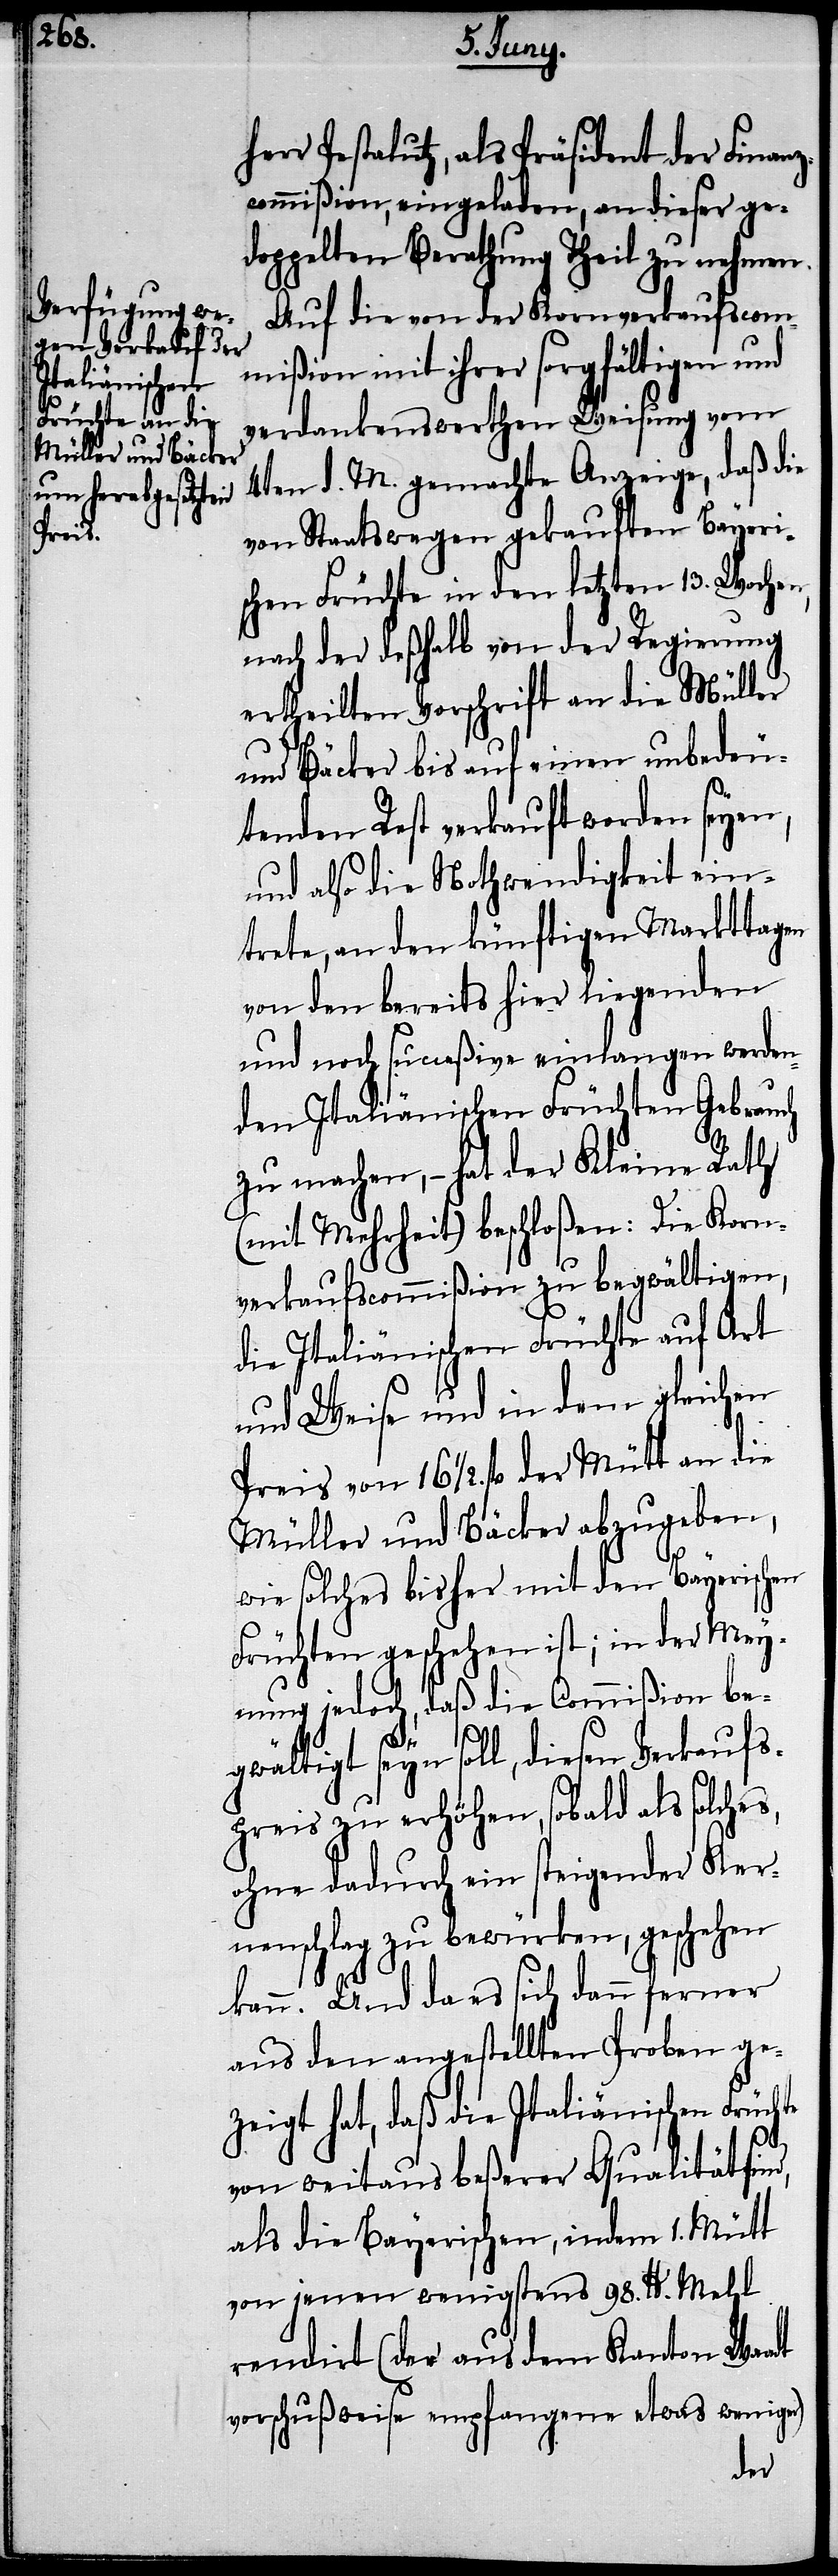
an die

herr Pestalutz, als Präsident der Finanz¬
commißion, eingeladen, an dieser ge¬
doppelten Berathung theil zu nehmen.
Auf die von der Kornverkaufscom¬
mißion mit ihrer sorgfältigen und
verdankungswerthen Weisung vom
4ten d. M. gemachte Anzeige, daß die
von Staats wegen gekauften Bayeri¬
schen Früchte in den letzten 13. Wochen,
nach der deßhalb von der Regierung
ertheilten Vorschrift an die Müller
und Bäcker bis auf einen unbedeu¬
tenden Rest verkauft worden seyen,
und also die Nothwendigkeit ein¬
trete, an den künftigen Markttagen
von den bereits hier liegenden
und noch succeßive einlangen werden¬
den Italiänischen Früchten Gebrauch
zu machen, – hat der Kleine Rath
(mit Mehrheit) beschloßen: Die Korn¬
verkaufscommißion zu begwältigen,
die Italiänischen Früchte auf Art
und Weise und in dem gleichen
Müller und Bäcker abzugeben,
wie solches bisher mit den Bayerischen
Früchten geschehen ist; in der Mey¬
nung jedoch, daß die Commißion be¬
gwältigt seyn soll, diesen Verkaufs¬
preis zu erhöhen, sobald als solches,
ohne dadurch ein steigender Ker¬
nenschlag zu bewürken, geschehen
kann. Und das es sich dann ferner
aus den gestellten Proben ge¬
zeigt hat, daß die Italiänischen Früch¬
te
von weitaus beßerer Qualität sind,
als die Bayerischen, indem 1. Mütt
von jenen wenigstens 98. lb. Mehl
rendirt (der aus dem Kanton Waadt
vorschußweise empfangene etwas weniger)
der